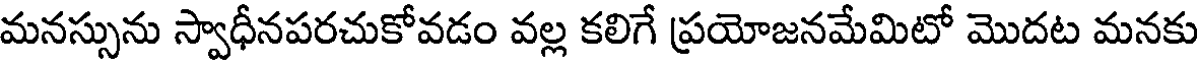
మనస్సును స్వాధీనపరచుకోవడం వల్ల కలిగే ప్రయోజనమేమిటో మొదట మనకు